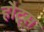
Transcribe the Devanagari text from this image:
हौट्स